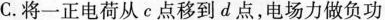
C.将一正电荷从c点移到d点，电场力做负功